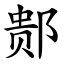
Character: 䣒